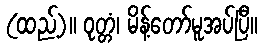
(ထည့်)။ ဝုတ္တံ၊ မိန့်တော်မူအပ်ပြီ။